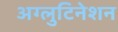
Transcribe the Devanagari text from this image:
अग्लुटिनेशन